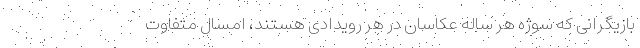
بازیگرانی که سوژه هر ساله عکاسان در هر رویدادی هستند، امسال متفاوت